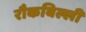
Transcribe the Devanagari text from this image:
रौकबिल्ली